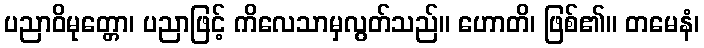
ပညာဝိမုတ္တော၊ ပညာဖြင့် ကိလေသာမှလွတ်သည်။ ဟောတိ၊ ဖြစ်၏။ တမေနံ၊